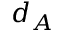
d _ { A }